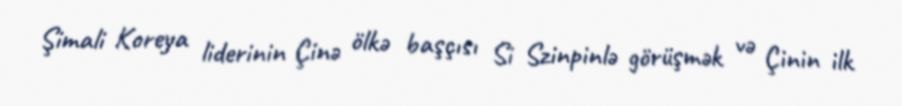
Şimali Koreya liderinin Çinə ölkə başçısı Si Szinpinlə görüşmək və Çinin ilk